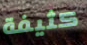
كثيفة